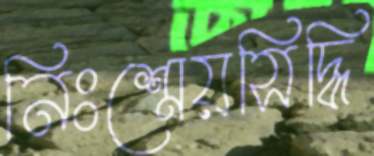
নিঃশ্রেয়সিদ্ধি